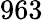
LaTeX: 963